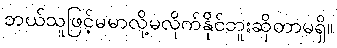
ဘယ်သူဖြင့်မမာလို့မလိုက်နိုင်ဘူးဆိုတာမရှိ။